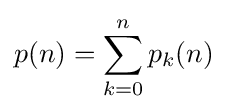
p(n)=\sum _{k=0}^{n}p_{k}(n)